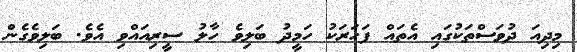
މިދިއަ ދުވަސްތަކުގައި އެތައް ފަހަރަކު ހަމީދު ބަލިވެ ހާލު ސީރިއައްވި އެވެ. ބަލިވެގެން